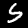
Digit: 5